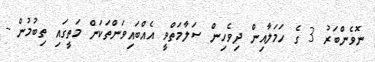
ނޮވެންބަރު 3 ގެ ހަމަލާއިން ދިވެހިން ސަލާމަތްވީ އެއްބައިވަންތަކަން މަތީގައި ތިބުމުން -